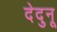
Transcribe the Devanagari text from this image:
देदुनू